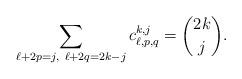
LaTeX: \begin{align*}\sum_{\ell+2p=j,\ \ell+2q=2k-j}c^{k, j}_{\ell, p, q}={{2k}\choose j}.\end{align*}